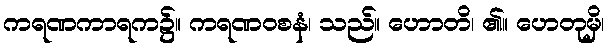
ကရဏကာရက၌။ ကရဏဝစနံ၊ သည်။ ဟောတိ၊ ၏။ ဟေတုမှိ၊